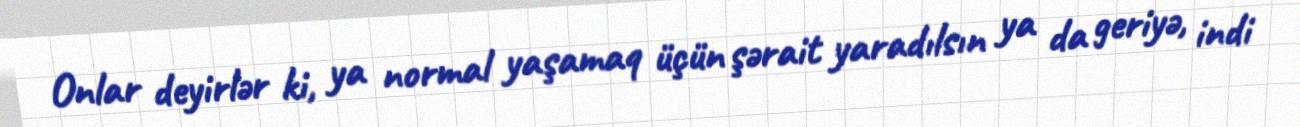
Onlar deyirlər ki, ya normal yaşamaq üçün şərait yaradılsın ya da geriyə, indi